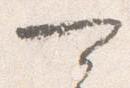
可